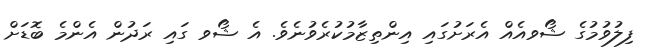
ފިލުވުމުގެ ޝޯވއެއް އެރަށުގައި އިންތިޒާމުކުރެވުނެވެ. އެ ޝޯވ ގައި ރަދުން އެންމެ ބޮޑަށް